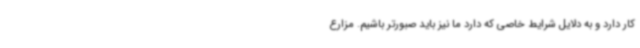
کار دارد و به دلایل شرایط خاصی که دارد ما نیز باید صبورتر باشیم. مزارع